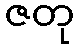
ဇတု